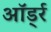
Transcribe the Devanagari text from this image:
ऑर्ड्र